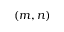
( m , n )